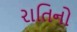
રાતિનો